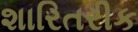
શારિતરીક